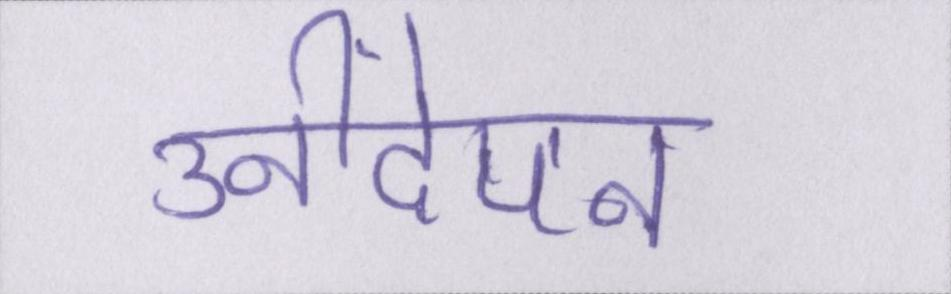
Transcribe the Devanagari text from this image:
उनींदेपन